Report on vaccination in Madras 1904-1921 - 1904-1921
Year: 1904
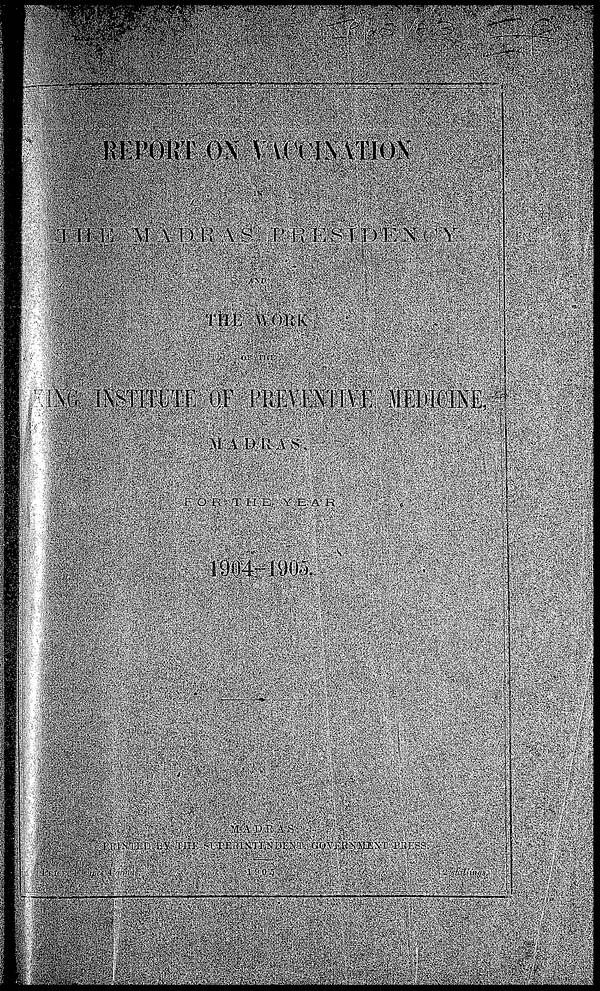
REPORT ON VACCINATION
IN
THE MADRAS PRESIDENCY
AND
THE WORK
OF THE
KING INSTITUTE OF PREVENTIVE MEDICINE,
MADRAS,
FOR THE
YEAR
1904-1905.
MADRAS
PRINTED BY THE SUPERINTENDENT GOVERNMENT PRESS.
PRICE 1 rupee 4 annas.
1905.
2 shillings.